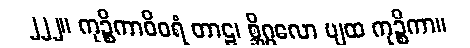
၂၂၂။ ကုဉ္စိကာဝိဝရံ တာဠ၊ စ္ဆိဂ္ဂလော ပျထ ကုဉ္စိကာ။